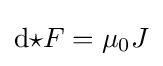
\mathrm {d} {\star }F=\mu _{0}J